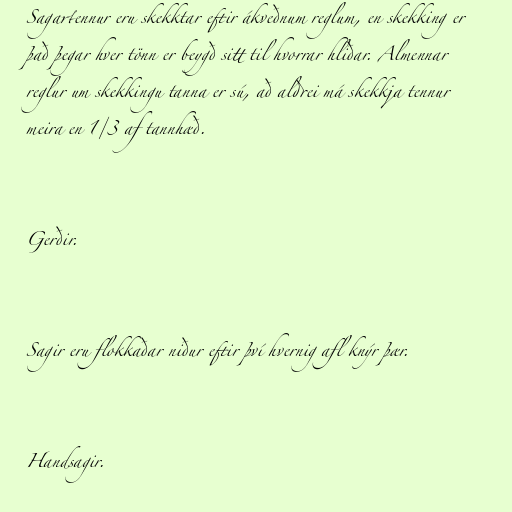
Sagartennur eru skekktar eftir ákveðnum reglum, en skekking er
það þegar hver tönn er beygð sitt til hvorrar hliðar. Almennar
reglur um skekkingu tanna er sú, að aldrei má skekkja tennur
meira en 1/3 af tannhæð.

Gerðir.

Sagir eru flokkaðar niður eftir því hvernig afl knýr þær.

Handsagir.